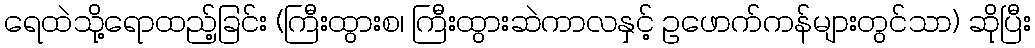
ရေထဲသို့ရောထည့်ခြင်း (ကြီးထွားစ၊ ကြီးထွားဆဲကာလနှင့် ဥဖောက်ကန်များတွင်သာ) ဆိုပြီး